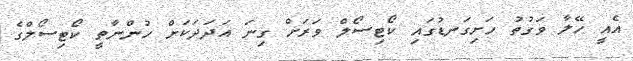
އެއީ ހޭލާ ވަގުތު ހަށިގަނޑުގައި ކޯޓިސޯލް ވަރަށް ގިނަ އަދަދަކަށް ހުންނާތީ ކޯޓިސޯލްގެ